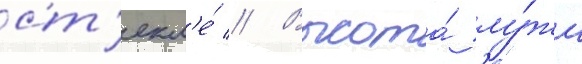
ст'екл'е́ // Высота́ лу́жи